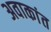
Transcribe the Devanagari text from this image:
अवाकांत